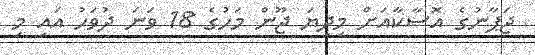
ޖަޕާނުގެ އޮސާކާއަށް މިދިޔަ ޖޫން މަހުގެ 18 ވަނަ ދުވަހު އައި މި